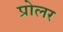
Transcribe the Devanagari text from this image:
प्रोलर